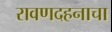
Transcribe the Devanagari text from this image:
रावणदहनाचा